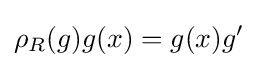
\rho _{R}(g)g(x)=g(x)g'